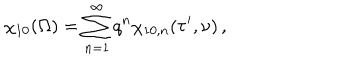
LaTeX: \chi _ { 1 0 } ( \Omega ) = \sum _ { n = 1 } ^ { \infty } q ^ { n } \chi _ { 1 0 , n } ( \tau ^ { \prime } , \nu ) \, ,